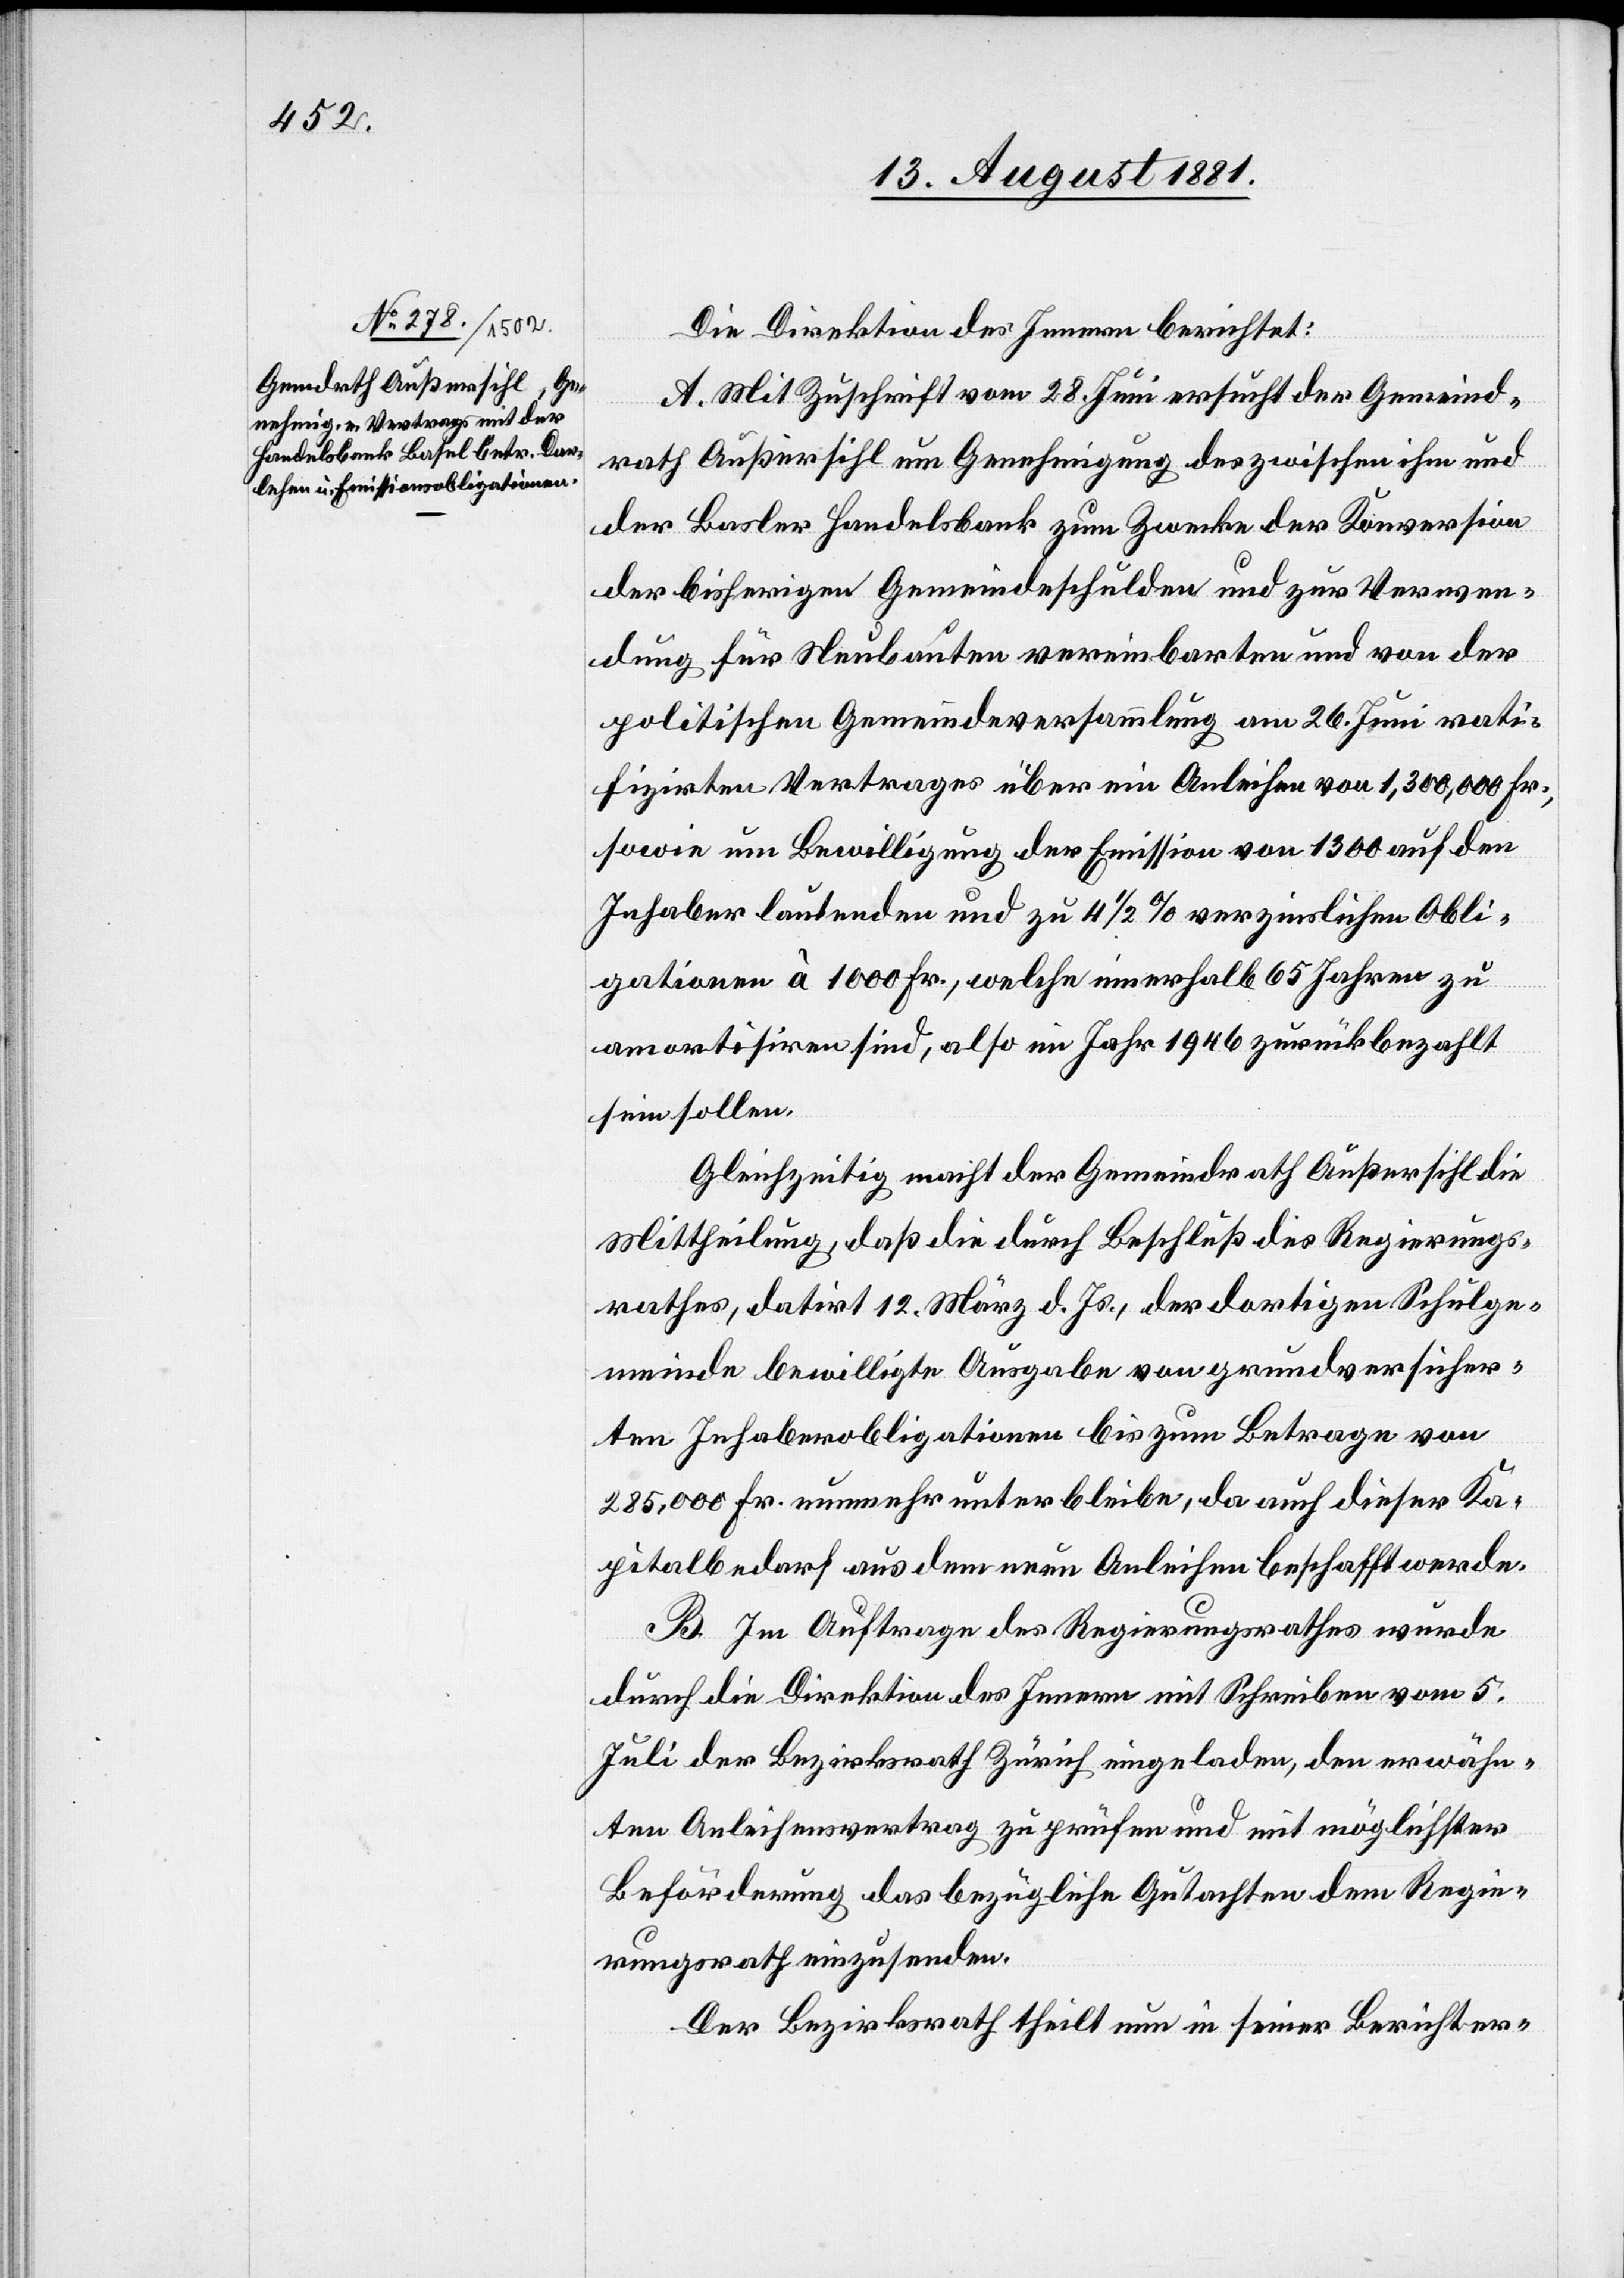
Die Direktion des Innern berichtet:
A. Mit Zuschrift vom 28. Juni ersucht der Gemeind¬
rath Außersihl um Genehmigung des zwischen ihm und
der Basler Handelsbank zum Zwecke der Konversion
der bisherigen Gemeindeschulden und zur Verwen¬
dung für Neubauten vereinbarten und von der
politischen Gemeindeversammlung am 26. Juni rati¬
fizirten Vertrages über ein Anleihen von 1,300,000 Fr.,
sowie Bewilligung der Emission von 1300 auf den
Inhaber lautenden und zu 4 1/2% verzinslichen Obli¬
gation à 1000 Fr., welche innerhalb 65 Jahren zu
amortisiren sind, also im Jahr 1946 zurückgezahlt
sein sollen.
Gleichzeitig macht der Gemeindrath Außersihl
Mittheilung, daß die durch Beschluß des Regierungs¬
rathes, datirt 12. März d. Js., der dortigen Schulge¬
meinde bewilligte Ausgabe von grundversicher¬
ten Inhaberobligationen bis zum Betrage von
285,000 Fr. nunmehr unterbleibe, da auch dieser Ka¬
pitalbedarf aus dem neu[e]n Anleihen beschafft werde.
B. Im Auftrage des Regierungsrathes wurde
durch die Direktion des Innern mit Schreiben vom 5.
Juli der Bezirksrath Zürich eingeladen, den erwähn¬
ten Anleihensvertrag zu prüfen und mit möglichster
Beförderung das bezügliche Gutachten dem Regie¬
rungsrath einzusenden.
Der Bezirksrath theilt nun in seiner Berichter-